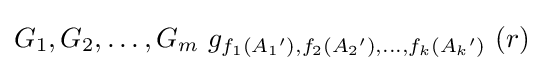
G_{1},G_{2},\ldots ,G_{m}\ g_{f_{1}({A_{1}}'),f_{2}({A_{2}}'),\ldots ,f_{k}({A_{k}}')}\ (r)